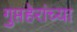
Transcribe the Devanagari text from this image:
गुप्तहेरांच्या